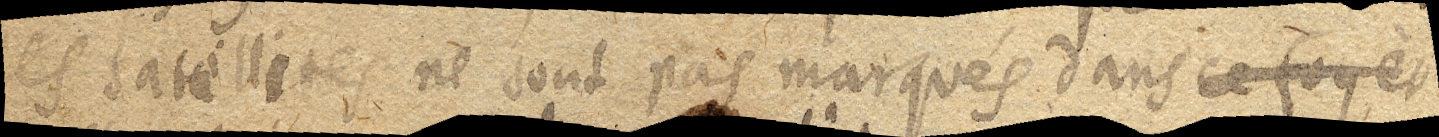
les satellites ne sont pas marqués dans ce foyer